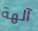
آلهة